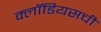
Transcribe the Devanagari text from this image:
क्लॉडियसची